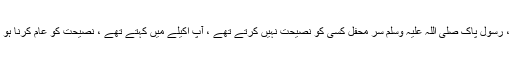
کہیں کمی ہے تو اس کی اصلاح کی کوشش ہو ، اصلاح کے راستے ہیں ، رسول پاک صلی اللہ علیہ وسلم سر محفل کسی کو نصیحت نہیں کرتے تھے ، آپ اکیلے میں کہتے تھے ، نصیحت کو عام کرنا ہو تو کہتے تھے کہ کچھ لوگوں کو کیا ہوگیاہے کہ وہ ایسا ایسا کرتے ہیں ۔